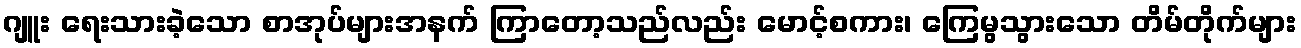
ဂျူး ရေးသားခဲ့သော စာအုပ်များအနက် ကြာတော့သည်လည်း မောင့်စကား၊ ကြေမွသွားသော တိမ်တိုက်များ